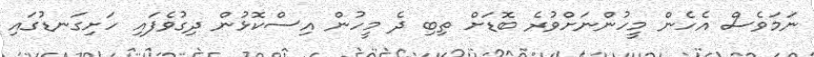
ނަމަވެސް އެހެން މީހުންނަށްވުރެ ބޮޑަށް ތިބި ދެ މީހުން އިސްކޮޅުން ދިގުވެފައި ހަށިގަނޑުގައި